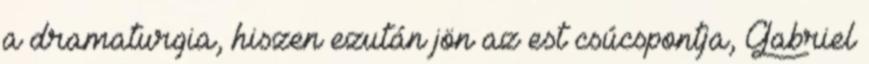
a dramaturgia, hiszen ezután jön az est csúcspontja, Gabriel